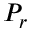
P _ { r }